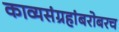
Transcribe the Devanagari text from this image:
काव्यसंग्रहांबरोबरच